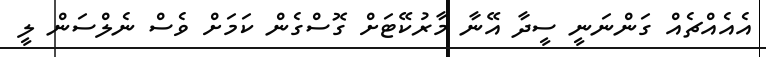
އެއެއްޗެއް ގަންނަނީ ސީދާ އޭނާ މާރުކޭޓަށް ގޮސްގެން ކަމަށް ވެސް ނެލްސަން ލީ